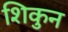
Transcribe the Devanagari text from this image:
शिकुन